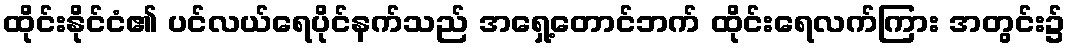
ထိုင်းနိုင်ငံ၏ ပင်လယ်ရေပိုင်နက်သည် အရှေ့တောင်ဘက် ထိုင်းရေလက်ကြား အတွင်း၌